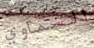
السماوي